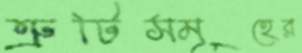
ত্রুটিসমূহের